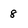
Character: 8